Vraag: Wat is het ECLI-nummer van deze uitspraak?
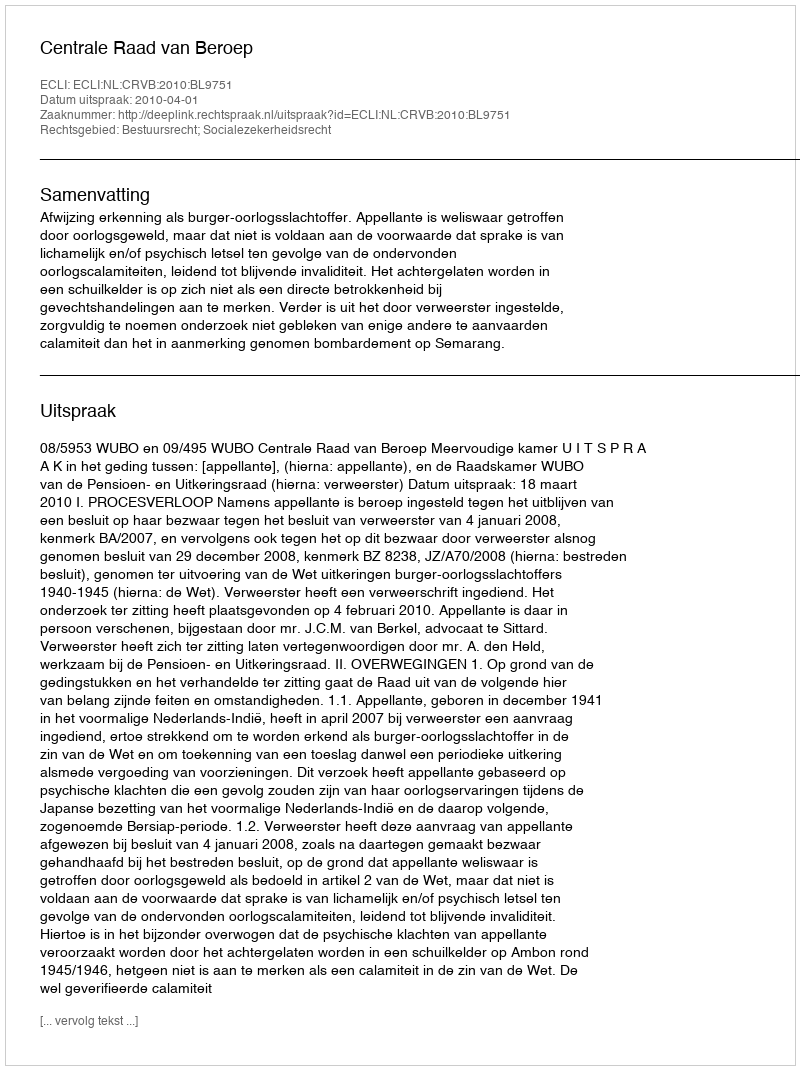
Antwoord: ECLI:NL:CRVB:2010:BL9751